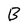
Character: B